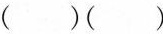
()()